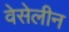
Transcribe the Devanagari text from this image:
वेसेलीन